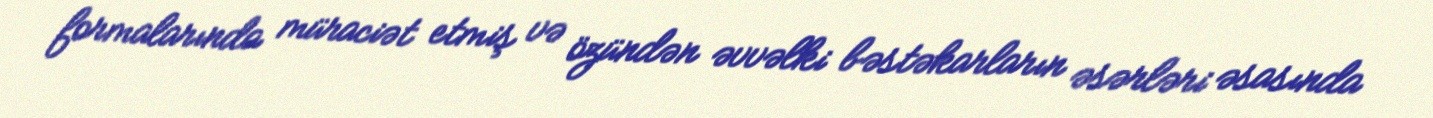
formalarında müraciət etmiş və özündən əvvəlki bəstəkarların əsərləri əsasında